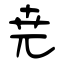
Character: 尭